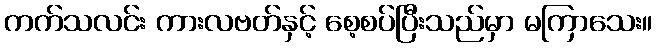
ကက်သလင်း ကားလဗတ်နှင့် စေ့စပ်ပြီးသည်မှာ မကြာသေး။